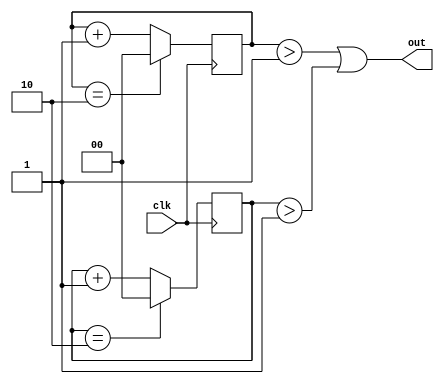
module clock_odd (out,clk);
  input clk;
  output out;
 reg [1:0] pcount=0,ncount=0;
  always @ (posedge clk)
    begin
     if(pcount == 2'b10)
         pcount =0;    
  else
     pcount = pcount+1;
 end
 always @ (negedge clk)
  begin
     if(ncount == 2'b10)
      ncount =0;     
  else
     ncount = ncount+1;
 end
 assign out = ((pcount > 2'b01)|(ncount > 2'b01));
endmodule